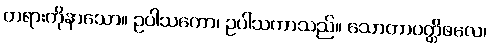
တရားကိုနာသော။ ဥပါသကော၊ ဥပါသကာသည်။ သောတာပတ္တိဖလေ၊